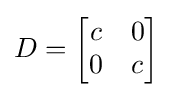
D={\begin{bmatrix}c&0\\0&c\end{bmatrix}}